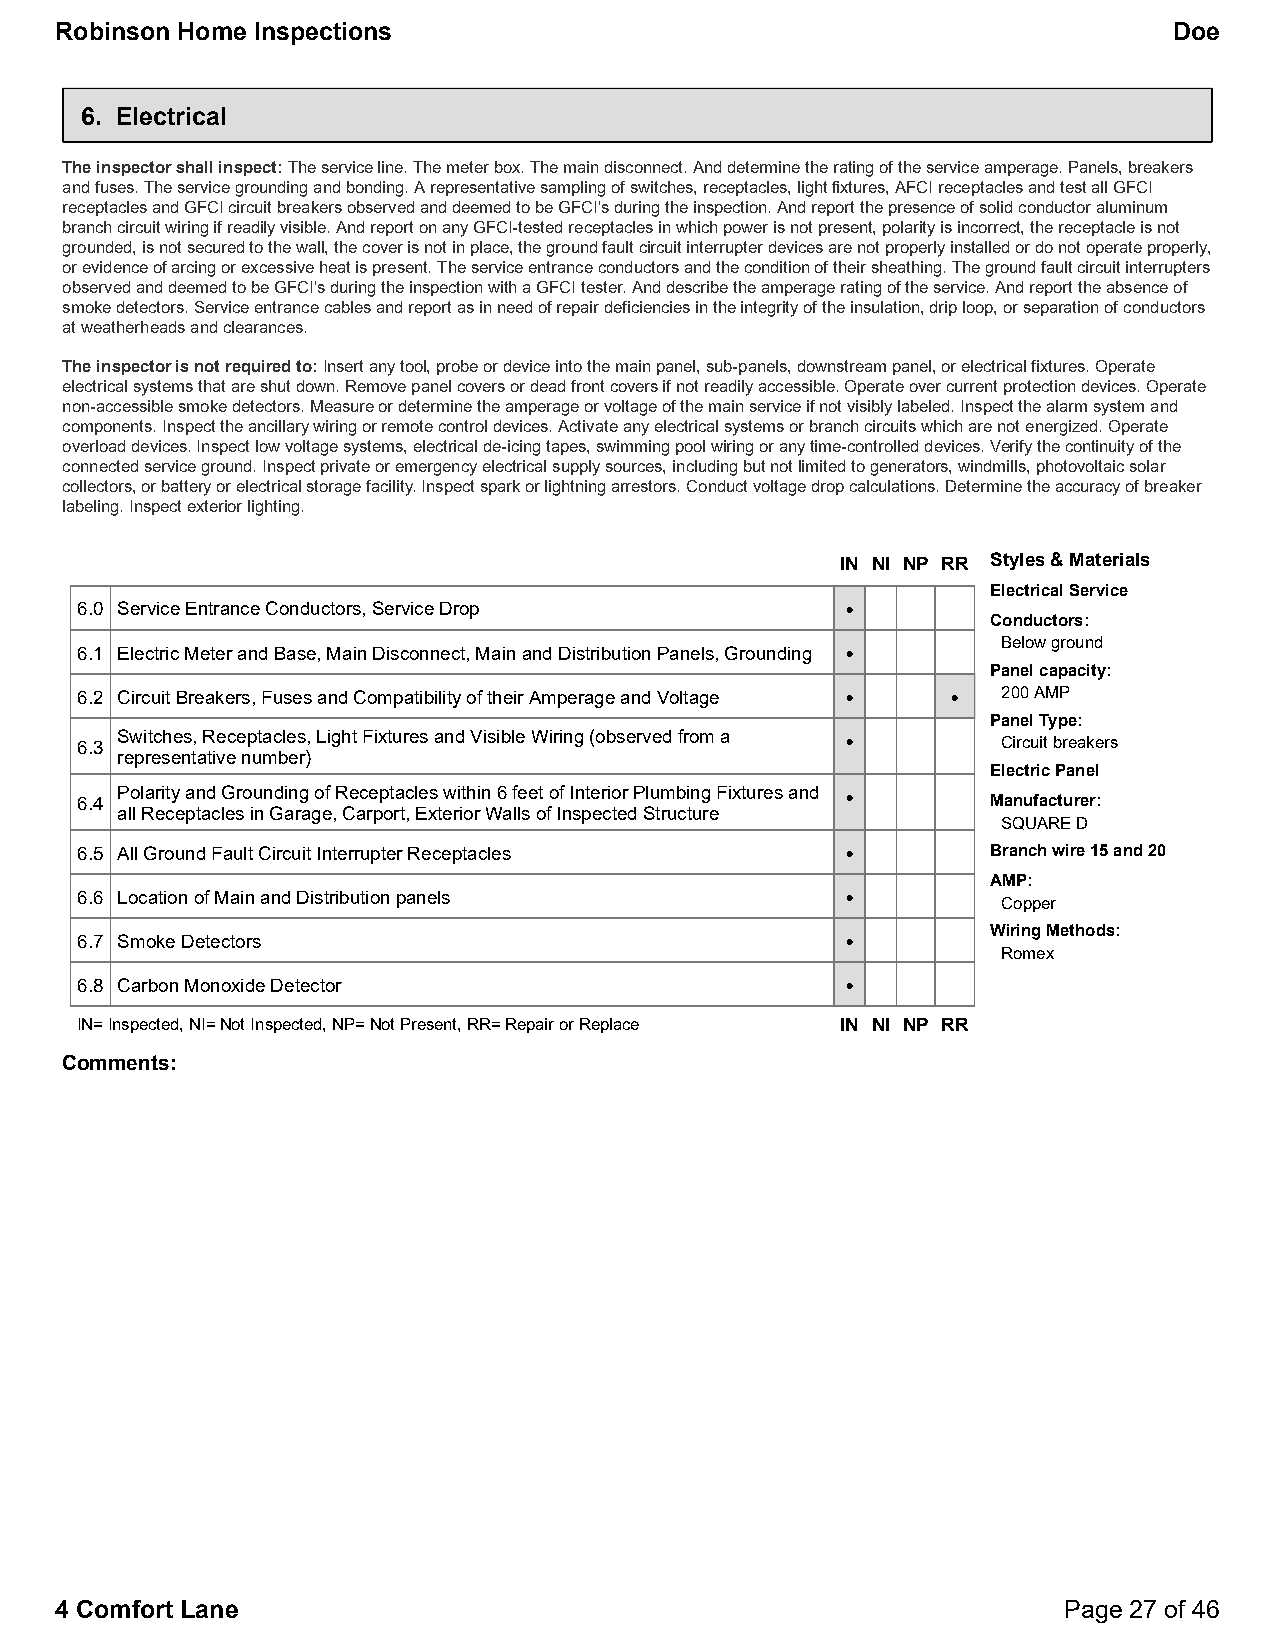
Robinson Home Inspections                                                 Doe
 6. Electrical
 The inspector shall inspect:The service line. The meter box. The main disconnect. And determine the rating of the service amperage. Panels, breakers
 and fuses. The service grounding and bonding. A representative sampling of switches, receptacles, light fixtures, AFCI receptacles and test all GFCI
 receptacles and GFCI circuit breakers observed and deemed to be GFCI's during the inspection. And report the presence of solid conductor aluminum
 branch circuit wiring if readily visible. And report on any GFCI-tested receptacles in which power is not present, polarity is incorrect, the receptacle is not
 grounded, is not secured to the wall, the cover is not in place, the ground fault circuit interrupter devices are not properly installed or do not operate properly,
 or evidence of arcing or excessive heat is present. The service entrance conductors and the condition of their sheathing. The ground fault circuit interrupters
 observed and deemed to be GFCI's during the inspection with a GFCI tester. And describe the amperage rating of the service. And report the absence of
 smoke detectors. Service entrance cables and report as in need of repair deficiencies in the integrity of the insulation, drip loop, or separation of conductors
 at weatherheads and clearances.
 The inspector is not required to:Insert any tool, probe or device into the main panel, sub-panels, downstream panel, or electrical fixtures. Operate
 electrical systems that are shut down. Remove panel covers or dead front covers if not readily accessible. Operate over current protection devices. Operate
 non-accessible smoke detectors. Measure or determine the amperage or voltage of the main service if not visibly labeled. Inspect the alarm system and
 components. Inspect the ancillary wiring or remote control devices. Activate any electrical systems or branch circuits which are not energized. Operate
 overload devices. Inspect low voltage systems, electrical de-icing tapes, swimming pool wiring or any time-controlled devices. Verify the continuity of the
 connected service ground. Inspect private or emergency electrical supply sources, including but not limited to generators, windmills, photovoltaic solar
 collectors, or battery or electrical storage facility. Inspect spark or lightning arrestors. Conduct voltage drop calculations. Determine the accuracy of breaker
 labeling. Inspect exterior lighting.
 IN NI NP RR Styles & Materials
 Electrical Service
 6.0 Service Entrance Conductors, Service Drop      •
 Conductors:
 Below ground
 6.1 Electric Meter and Base, Main Disconnect, Main and Distribution Panels, Grounding •
 Panel capacity:
 6.2 Circuit Breakers, Fuses and Compatibility of their Amperage and Voltage • • 200 AMP
 Panel Type:
 6.3 Switches, Receptacles, Light Fixtures and Visible Wiring (observed from a • Circuit breakers
 representative number)
 Electric Panel
 6.4 Polarity and Grounding of Receptacles within 6 feet of Interior Plumbing Fixtures and • Manufacturer:
 all Receptacles in Garage, Carport, Exterior Walls of Inspected Structure
 SQUARE D
 6.5 All Ground Fault Circuit Interrupter Receptacles •       Branch wire 15 and 20
 AMP:
 6.6 Location of Main and Distribution panels       •
 Copper
 Wiring Methods:
 6.7 Smoke Detectors                                •
 Romex
 6.8 Carbon Monoxide Detector                       •
 IN=Inspected, NI=Not Inspected, NP=Not Present, RR=Repair or Replace IN NI NP RR
 Comments:
 4 Comfort Lane                                                    Page 27 of 46